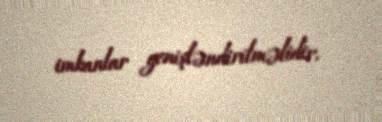
imkanlar genişləndirilməlidir.